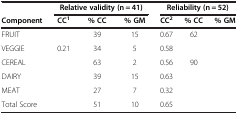
<table><thead><tr><td>[EMPTY_CELL]</td><td colspan="3"><b>Relative validity (n = 41)</b></td><td colspan="3"><b>Reliability (n = 52)</b></td></tr><tr><td><b>Component</b></td><td><b>CC<sup>1</sup></b></td><td><b>% CC</b></td><td><b>% GM</b></td><td><b>CC<sup>2</sup></b></td><td><b>% CC</b></td><td><b>% GM</b></td></tr></thead><tbody><tr><td>FRUIT</td><td>[EMPTY_CELL]</td><td>39</td><td>15</td><td>0.67</td><td>62</td><td>[EMPTY_CELL]</td></tr><tr><td>VEGGIE</td><td>0.21</td><td>34</td><td>5</td><td>0.58</td><td>[EMPTY_CELL]</td><td>[EMPTY_CELL]</td></tr><tr><td>CEREAL</td><td>[EMPTY_CELL]</td><td>63</td><td>2</td><td>0.56</td><td>90</td><td>[EMPTY_CELL]</td></tr><tr><td>DAIRY</td><td>[EMPTY_CELL]</td><td>39</td><td>15</td><td>0.63</td><td>[EMPTY_CELL]</td><td>[EMPTY_CELL]</td></tr><tr><td>MEAT</td><td>[EMPTY_CELL]</td><td>27</td><td>7</td><td>0.32</td><td>[EMPTY_CELL]</td><td>[EMPTY_CELL]</td></tr><tr><td>Total Score</td><td>[EMPTY_CELL]</td><td>51</td><td>10</td><td>0.65</td><td>[EMPTY_CELL]</td><td>[EMPTY_CELL]</td></tr></tbody></table>